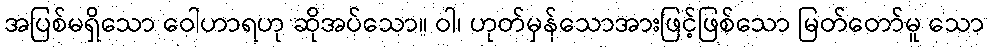
အပြစ်မရှိသော ဝေါဟာရဟု ဆိုအပ်သော။ ဝါ၊ ဟုတ်မှန်သောအားဖြင့်ဖြစ်သော မြတ်တော်မူ သော